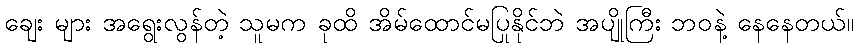
ချေး များ အရွေးလွန်တဲ့ သူမက ခုထိ အိမ်ထောင်မပြုနိုင်ဘဲ အပျိုကြီး ဘဝနဲ့ နေနေတယ်။